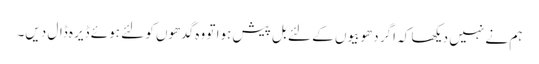
ہم نے نہیں دیکھا کہ اگر دھوبیوں کے لئے بل پیش ہوا تو وہ گدھوں کو لئے ہوئے ڈیرہ ڈال دیں۔